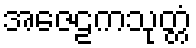
အဇေဠကသုတ္တံ